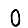
Digit: 0